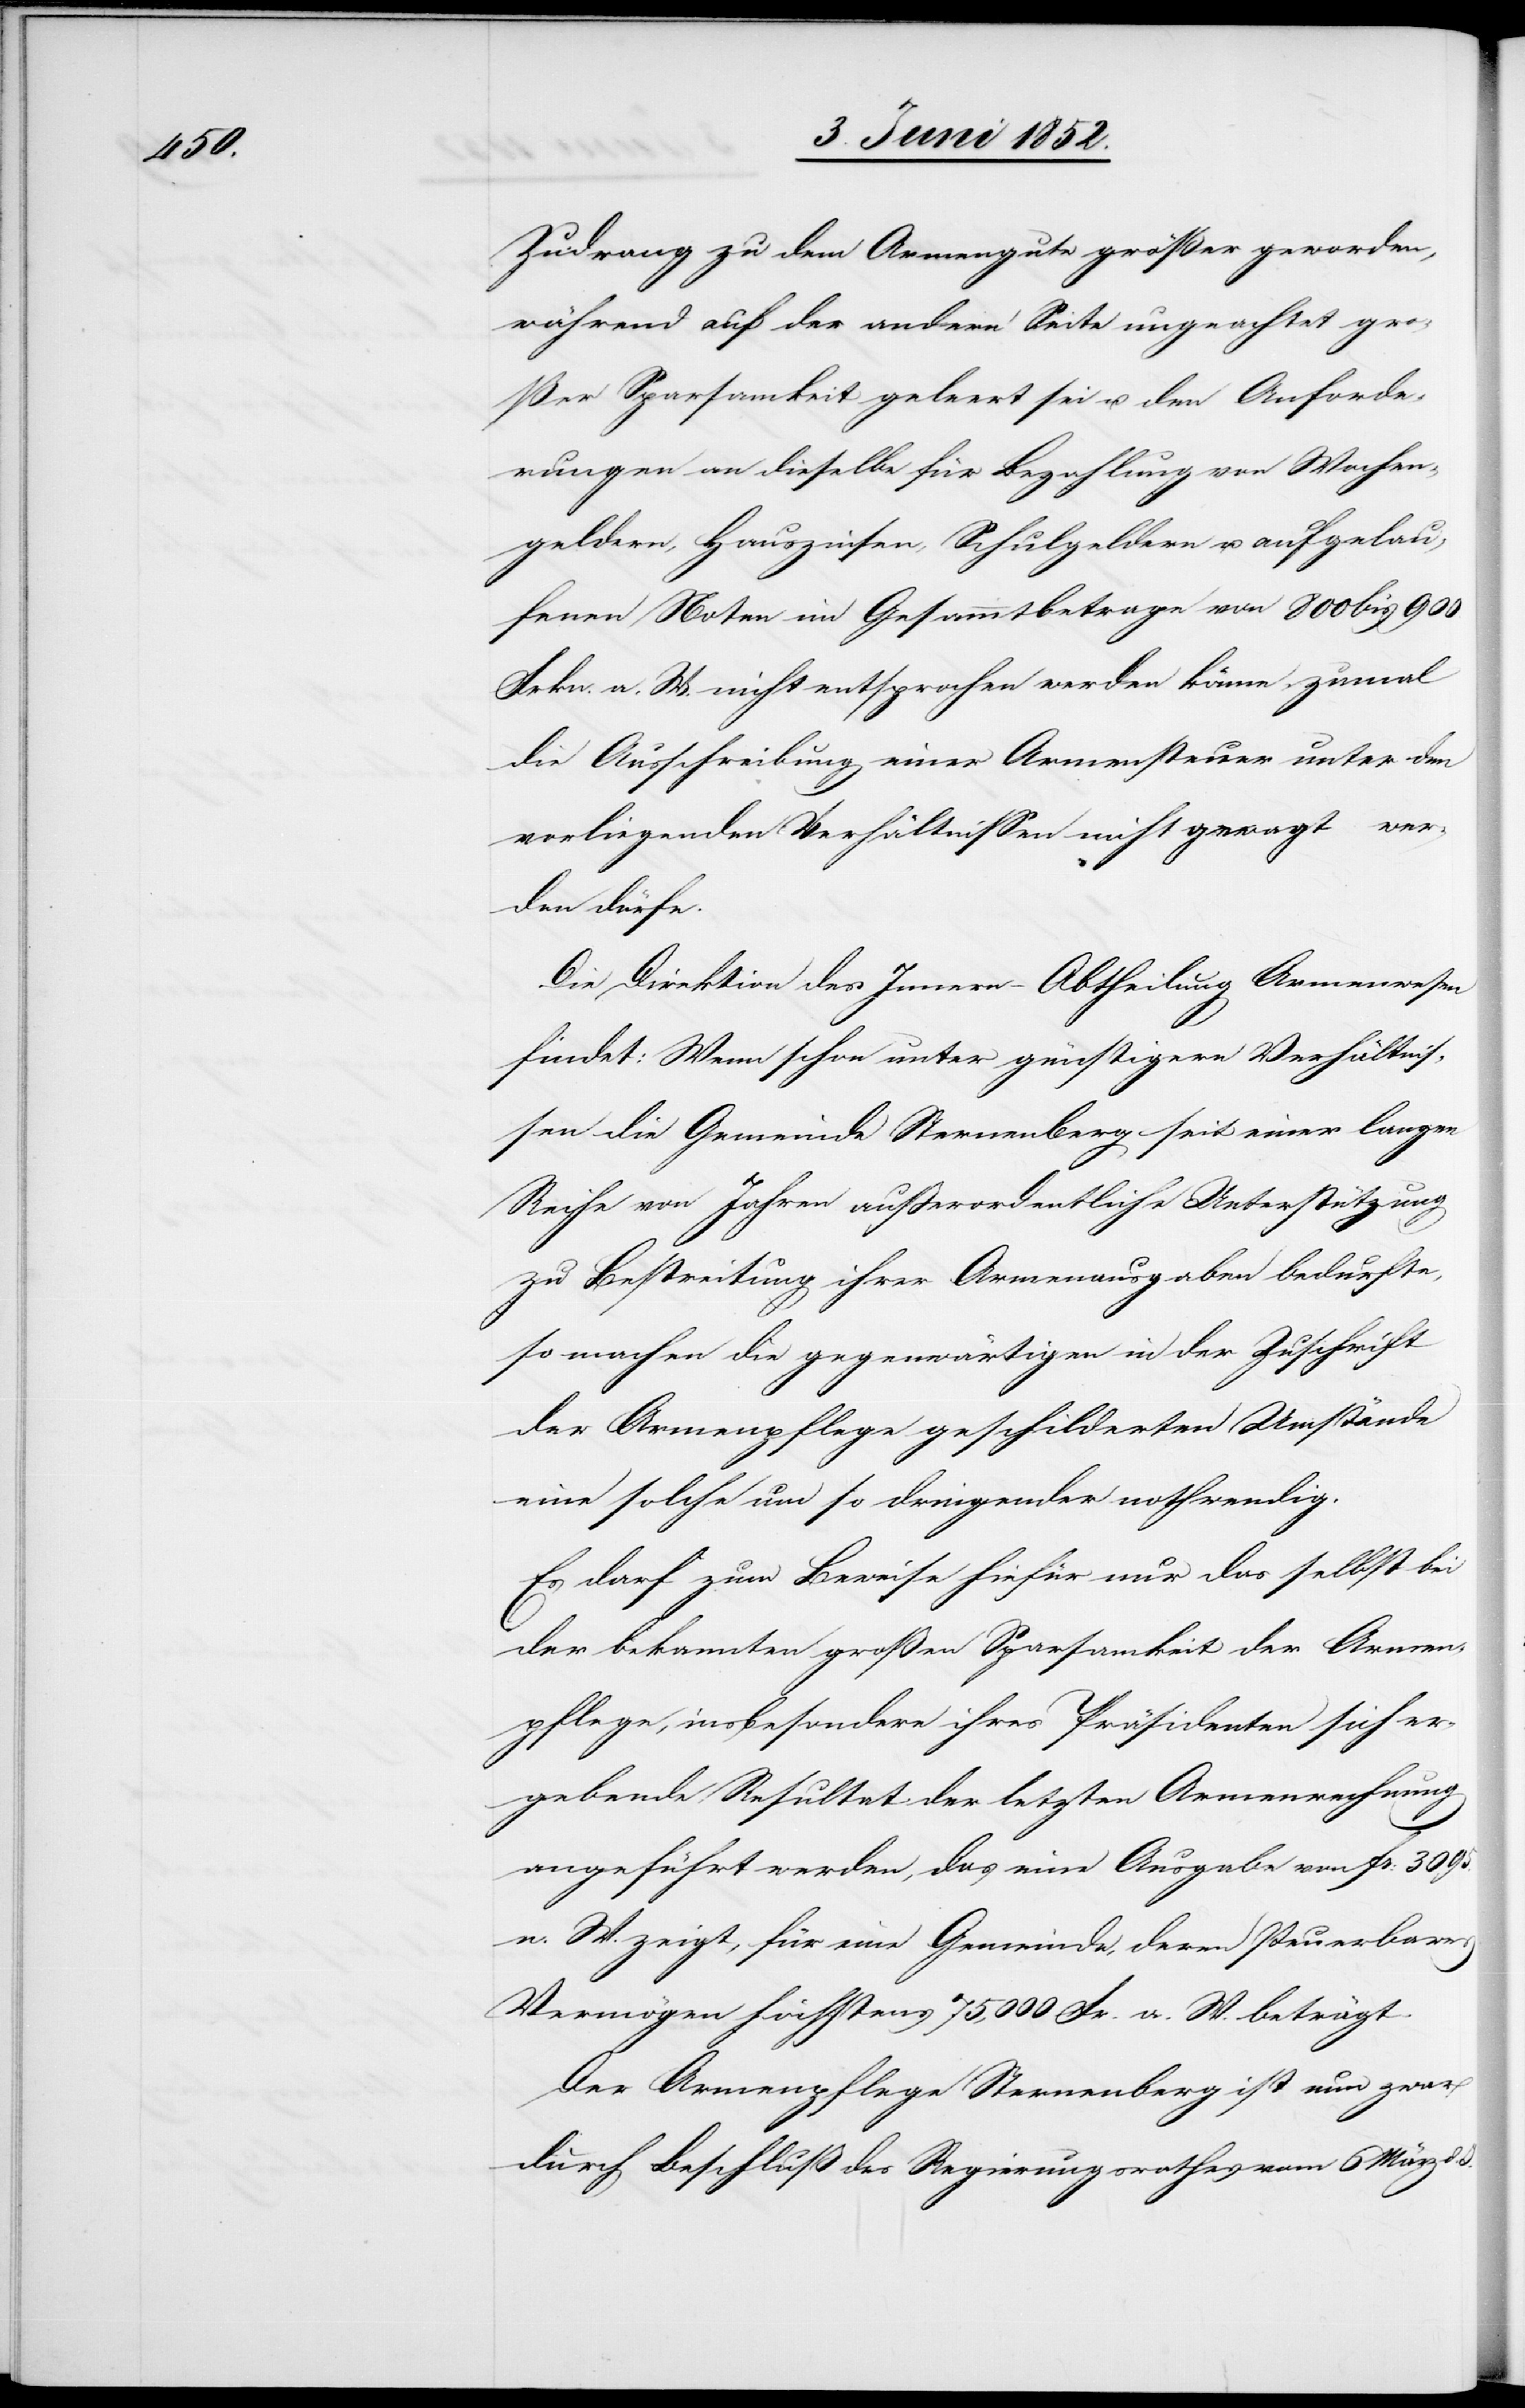
Zudrang zu dem Armengute größer geworden,
während auf der andern Seite ungeachtet gro¬
ßer Sparsamkeit geleert sei u. den Anforde¬
rungen an dieselbe für Bezahlung von Wochen¬
geldern, Hauszinsen, Schulgeldern u. aufgelau¬
fenen Noten im Gesammtbetrage von 800 bis 900
Frkn. a. W. nicht entsprochen werden könne, zumal
die Ausschreibung einer Armensteuer unter den
vorliegenden Verhältnissen nicht gewagt wer¬
den dürfe.
Die Direktion des Innern – Abtheilung Armenwesen
findet: Wenn schon unter günstigere[n] Verhältnis¬
sen die Gemeinde Sternenberg seit einer langen
Reihe von Jahren ausserordentliche Unterstützung
zu Bestreitung ihrer Armenausgaben bedurfte,
so machen die gegenwärtigen in der Zuschrift
der Armenpflege geschilderten Umstände
eine solche um so dringender nothwendig.
Es darf zum Beweise hiefür nur das selbst bei
der bekannten großen Sparsamkeit der Armen¬
pflege, insbesondere ihres Präsidenten sich er¬
gebende Resultat der letzten Armenrechnung
angeführt werden, das eine Ausgabe von Fr: 3095.
n. W. zeigt, für eine Gemeinde, deren steuerbares
Vermögen höchstens 75,000 Fr. a. W. beträgt.
Der Armenpflege Sternenberg ist nun zwar
durch Beschluß des Regierungsrathes vom 6 März d.